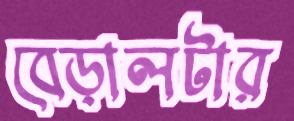
বেড়ালটার